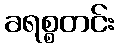
ခရစ္စတင်း